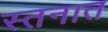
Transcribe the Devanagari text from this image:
स्तनात